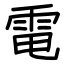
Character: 電